Report of the Municipal Commissioner on the plague in Bombay for the year ending 31st May... - Volume 2
Disease focus: Plague
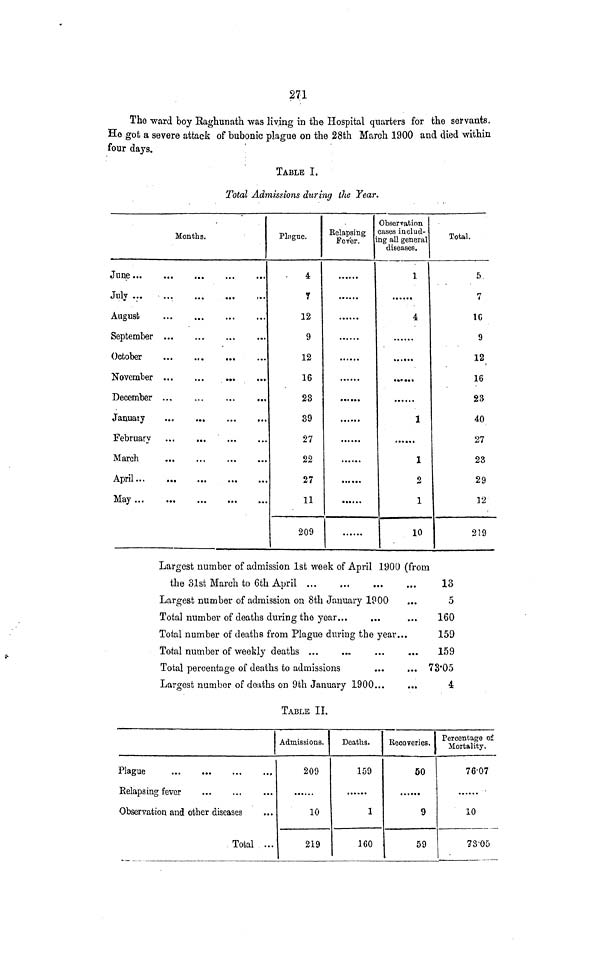
271
The ward boy Raghunath was living in the Hospital quarters for the servants,
Ho got a severe attack of bubonic plague on the 28th March 1900 and died within
four days.
TABLE I.
Total Admissions during the Year.
Months.
June
July
August
September
October
November
December ...
...
,
January
Februarv
April
May
Pliigue.
4
7
12
9
12
16
23
39
27
22
27
11
209
Eelapsing
Fever.
i
• • • • § •
......
......
......
Observation
cases includ-
ng all general
diseases.
1
4
•.«••>
1
1
2
1
10
Total.
5
7
1C
9
12
16
23
40
27
23
29
12
219
Largest number of admission 1st week of April 1900 (from
the 31st March to 6th April
13
Largest number of admission on 8th January 1?00
...
5
Total number of deaths during the year...
...
...
160
Total number of deaths from Plague during the year...
159
Total number of weekly deaths ...
...
...
...
159
Total percentage of deaths to admissions
...
... 73'05
Largest number of deaths on 9th January 1900...
...
4
TABLE II.
Plague
Relapsing fever
Observation and other diseases
Total ...
Admissions.
209
10
219
Deaths.
159
1
160
Recoveries.
50
9
59
Percentage of
Mortality.
76-07
10
?3'05